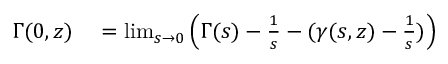
\begin{array} { r l } { \Gamma ( 0 , z ) } & { { } = \operatorname* { l i m } _ { s \to 0 } \left( \Gamma ( s ) - { \frac { 1 } { s } } - ( \gamma ( s , z ) - { \frac { 1 } { s } } ) \right) } \end{array}